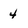
Character: 4